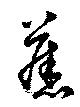
旧